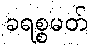
ခရစ္စမတ်